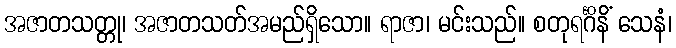
အဇာတသတ္တု၊ အဇာတသတ်အမည်ရှိသော။ ရာဇာ၊ မင်းသည်။ စတုရင်္ဂိနိံ သေနံ၊